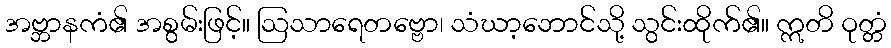
အဗ္ဘာနကံ၏ အစွမ်းဖြင့်။ ဩသာရေတဗ္ဗော၊ သံဃာ့ဘောင်သို့ သွင်းထိုက်၏။ ဣတိ ဝုတ္တံ